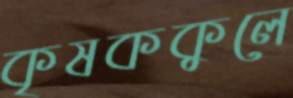
কৃষককুলে